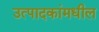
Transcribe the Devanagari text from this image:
उत्पादकांमधील